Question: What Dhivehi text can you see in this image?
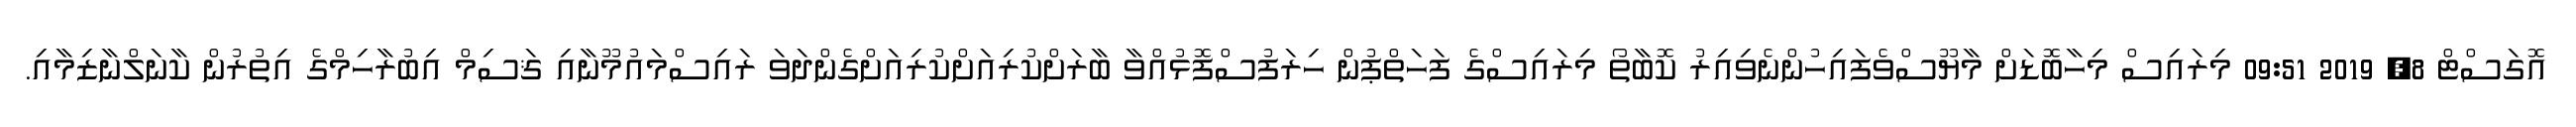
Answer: އޮގަސްޓް 8, 2019 09:51 މިރައިސް މިހާބޮޑަށް މާޔޫސްވެފައިހުންނެވިއިރު ކޮބާތޯ މިރައިސްގެ ފަހަތްޕުން ހިރަފުސްފޮޅުއްވާ ބާރަށްކުރިއަށްކުރިއަށްގެންދަވަ ރައިސްމައުމޫނާއި ޤަސިމް އިބުރާހިމްގެ އިތުރުން ކާނަލްނާޒިމާއި.